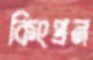
কিংপ্রন